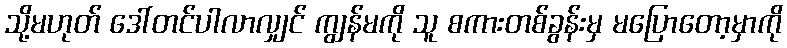
သို့မဟုတ် ဒေါ်တင်ပါလာလျှင် ကျွန်မကို သူ စကားတစ်ခွန်းမှ မပြောတော့မှာကို